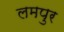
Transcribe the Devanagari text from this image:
लमपुर